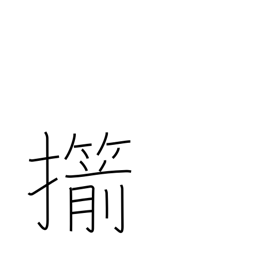
Meaning: straighten (an arrow)